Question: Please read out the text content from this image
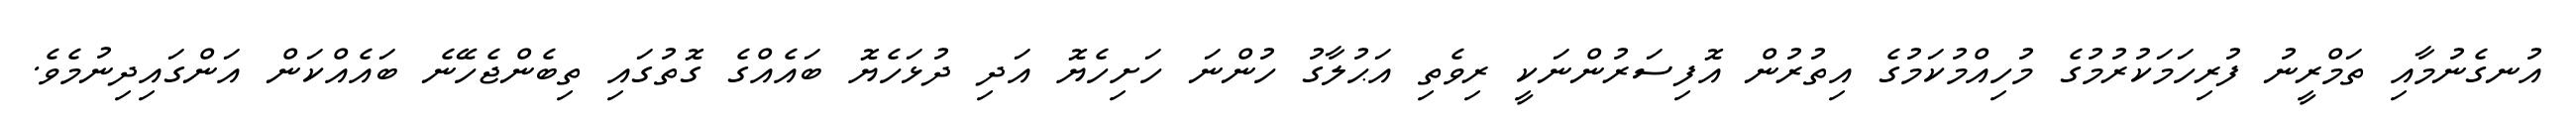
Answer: އުނގެނުމާއި ތަމްރީނު ފުރިހަމަކުރުމުގެ މުހިއްމުކަމުގެ އިތުރުން އޮފިސަރުންނަކީ ރިވެތި އަޙުލާގު ހުންނަ ހަށިހެޔޮ އަދި ދުޅަހެޔޮ ބައެއްގެ ގޮތުގައި ތިބެންޖެހޭނެ ބައެއްކަން އަންގައިދިނުމެވެ.